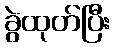
ခွဲထုတ်ပြီး